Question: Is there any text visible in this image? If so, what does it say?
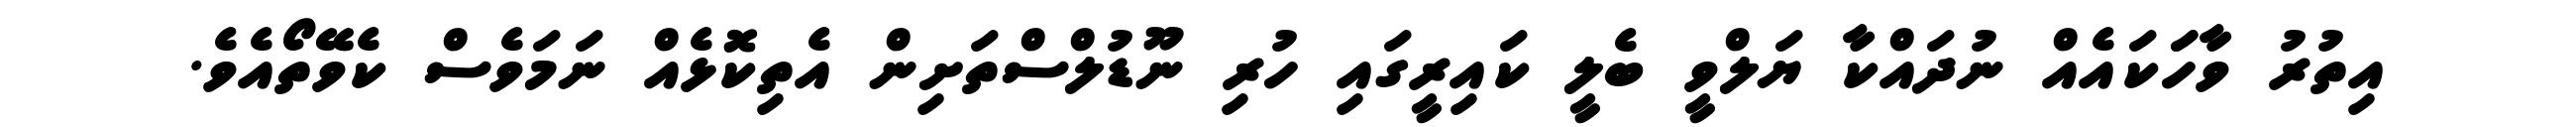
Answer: އިތުރު ވާހަަކައެއް ނުދައްކާ ޔަލްވީ ބެލީ ކައިރީގައި ހުރި ނޫޑުލްސްތަށިން އެތިކޮޅެއް ނަމަވެސް ކެވޭތޯއެވެ.